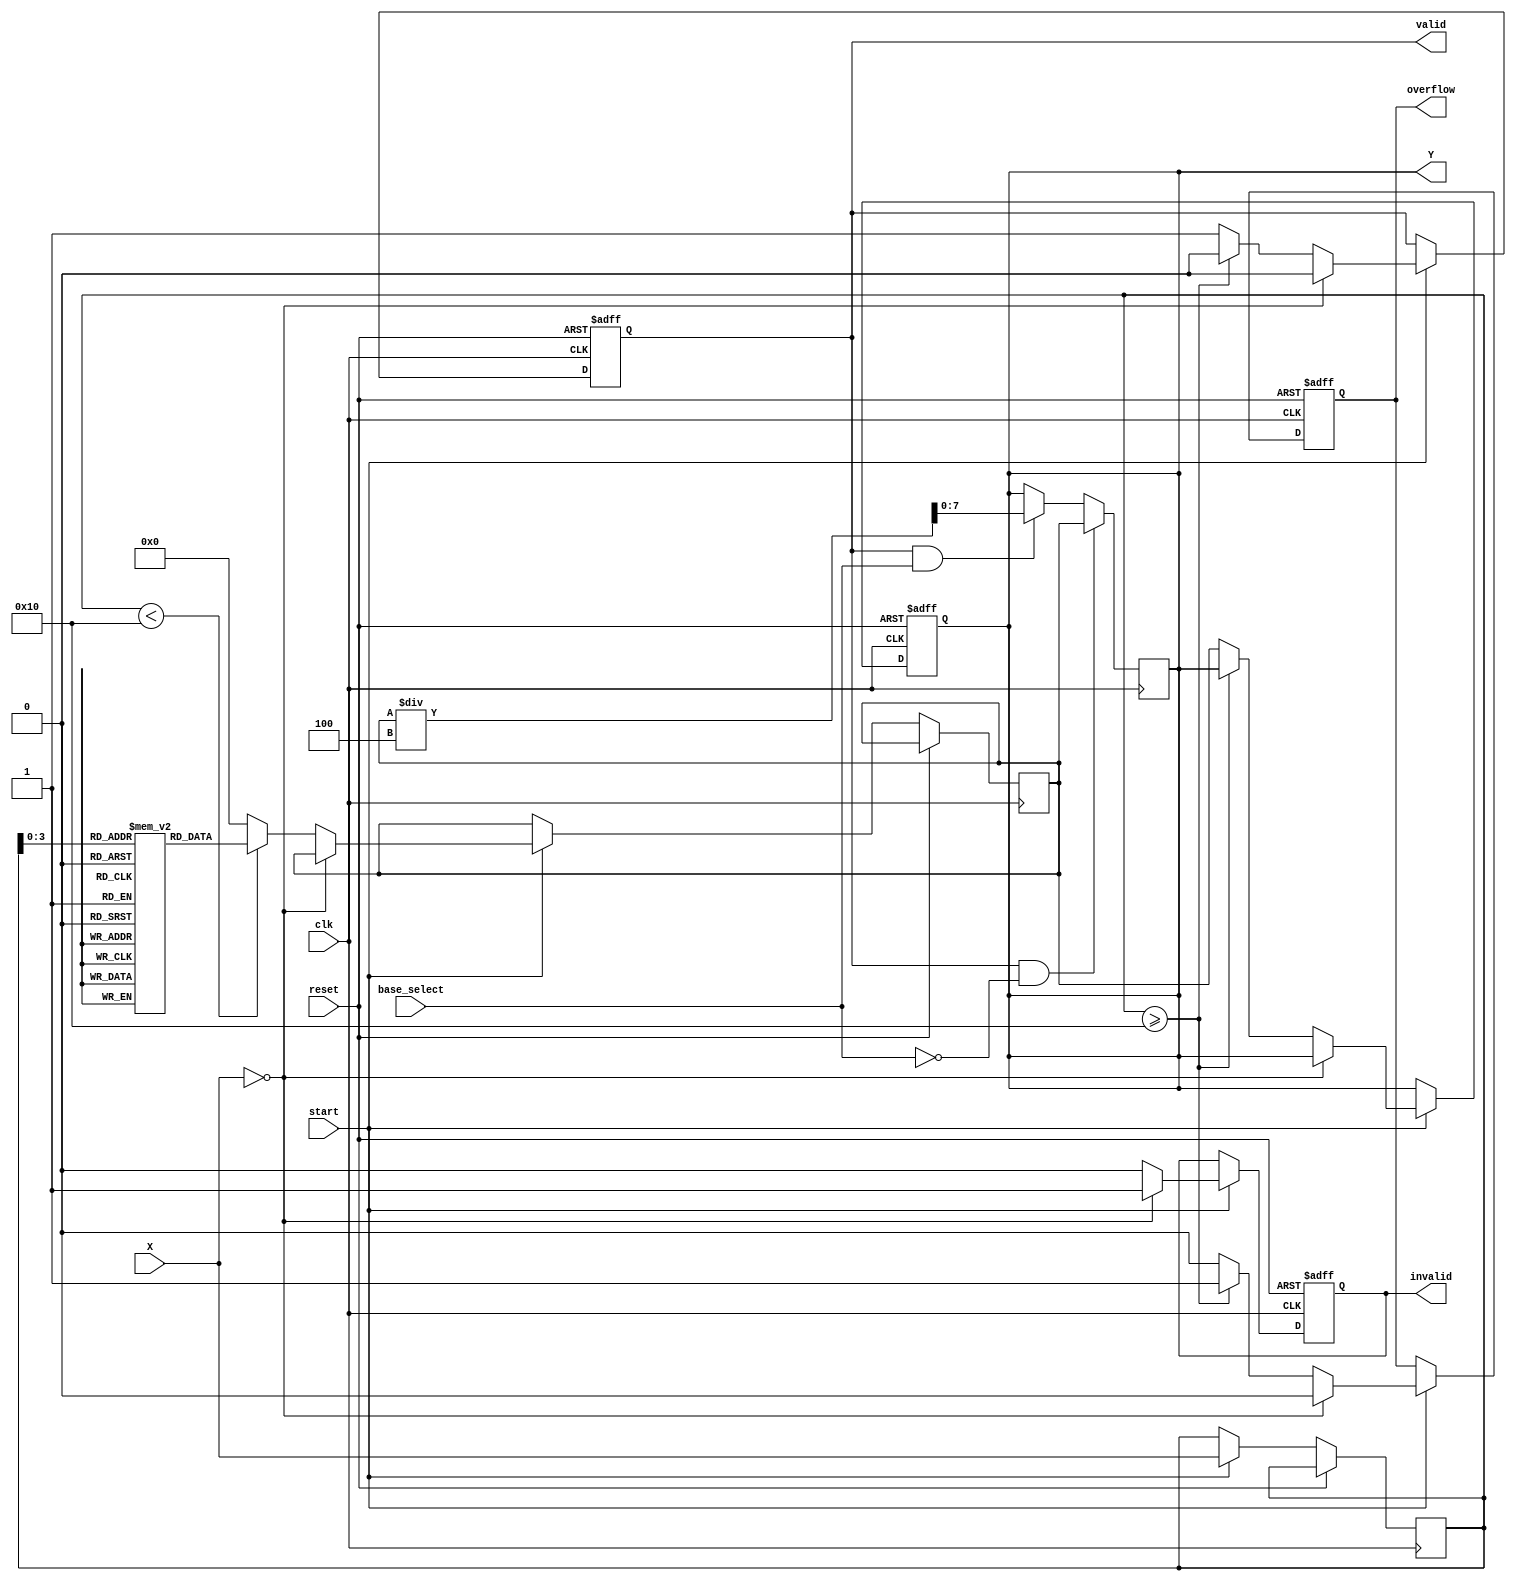
module LogarithmicUnit #(
    parameter N = 16,  // Width of data input
    parameter M = 8    // Width of logarithmic output
)(
    input  wire [N-1:0] X,         // Data input
    input  wire base_select,        // Control signal for base selection (0 for base-2, 1 for base-10)
    input  wire start,              // Start signal for operation
    input  wire clk,                // Clock signal
    input  wire reset,              // Reset signal
    output reg [M-1:0] Y,           // Logarithmic output
    output reg valid,               // Valid signal for output
    output reg overflow,            // Overflow condition
    output reg invalid              // Invalid input condition
);

    // Lookup table for base-2 logarithms (example values)
    reg [M-1:0] lut [0:15]; // LUT for input range [1-16], only example values
    initial begin
        lut[0] = 0;     // log2(1) = 0
        lut[1] = 1;     // log2(2) = 1
        lut[2] = 2;     // log2(4) = 2
        lut[3] = 3;     // log2(8) = 3
        lut[4] = 4;     // log2(16) = 4
        lut[5] = 5;     // log2(32) = 5
        lut[6] = 6;     // log2(64) = 6
        lut[7] = 7;     // log2(128) = 7
        lut[8] = 8;     // log2(256) = 8
        lut[9] = 9;     // log2(512) = 9
        lut[10] = 10;   // log2(1024) = 10
        lut[11] = 11;   // log2(2048) = 11
        lut[12] = 12;   // log2(4096) = 12
        lut[13] = 13;   // log2(8192) = 13
        lut[14] = 14;   // log2(16384) = 14
        lut[15] = 15;   // log2(32768) = 15
    end

    // State variables
    reg [N-1:0] internal_X; // Internal data storage
    reg [M-1:0] result;     // Computed result
    reg processing;         // Processing flag

    // Sequential logic
    always @(posedge clk or posedge reset) begin
        if (reset) begin
            Y <= 0;
            valid <= 0;
            overflow <= 0;
            invalid <= 0;
            processing <= 0;
        end else if (start) begin
            internal_X <= X;
            valid <= 0;
            invalid <= 0;
            overflow <= 0;
            processing <= 1;

            // Check for invalid input (e.g., negative input)
            if (X == 0) begin
                invalid <= 1;
                processing <= 0;
            end else begin
                // Select the appropriate LUT or computation
                result <= (internal_X < 16) ? lut[internal_X] : 0; // Ensure input is within bounds
                if (internal_X >= 16) begin
                    overflow <= 1; // Mark overflow if input exceeds LUT range
                end else begin
                    Y <= result;
                    valid <= 1;  // Mark output as valid
                end
                processing <= 0; // Clear processing flag
            end
        end
    end

    // Post-processing for base selection (if needed)
    always @(posedge clk) begin
        if (valid && !base_select) begin
            // For base-2, output remains the same
            Y <= result;
        end else if (valid && base_select) begin
            // Convert base-2 result to base-10 (log2(x) -> log10(x))
            // Approximation for conversion: log10(x) = log2(x) / log2(10)
            // log2(10) ~ 3.32193 (constant)
            Y <= result / 4; // Simplified approximation
        end
    end

endmodule